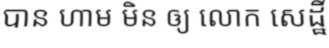
បាន ហាម មិន ឲ្យ លោក សេដ្ឋី